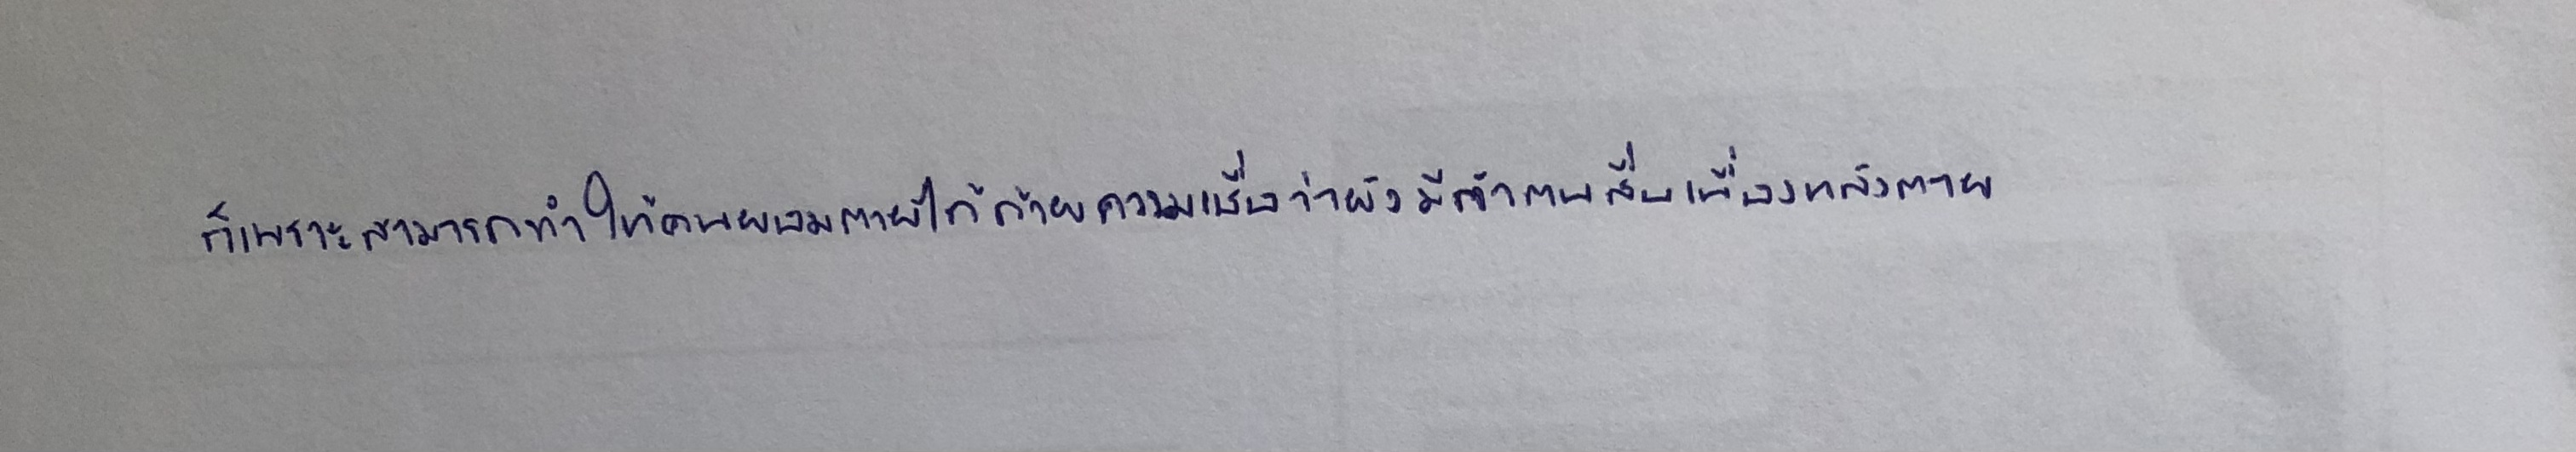
ก็เพราะสามารถทำให้คนยอมตายได้ด้วยความเชื่อว่ายังมีตัวตนสืบเนื่องหลังตาย